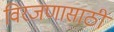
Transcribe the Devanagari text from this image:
विरजणासाठी